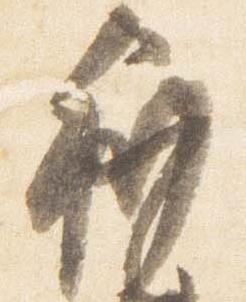
利